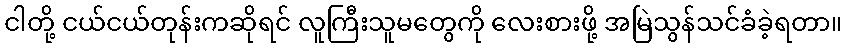
ငါတို့ ငယ်ငယ်တုန်းကဆိုရင် လူကြီးသူမတွေကို လေးစားဖို့ အမြဲသွန်သင်ခံခဲ့ရတာ။